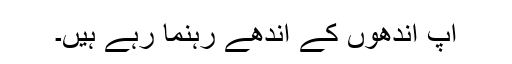
آپ اندھوں کے اندھے رہنما رہے ہیں۔